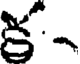
క-